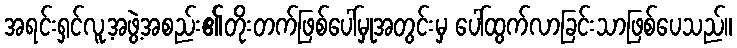
အရင်းရှင်လူ့အဖွဲ့အစည်း၏တိုးတက်ဖြစ်ပေါ်မှုအတွင်းမှ ပေါ်ထွက်လာခြင်းသာဖြစ်ပေသည်။